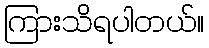
ကြားသိရပါတယ်။